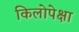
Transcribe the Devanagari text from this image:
किलोपेक्षा